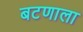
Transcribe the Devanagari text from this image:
बटणाला